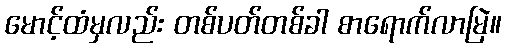
မောင့်ထံမှလည်း တစ်ပတ်တစ်ခါ စာရောက်လာမြဲ။